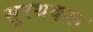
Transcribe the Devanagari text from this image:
सूरथकल